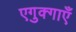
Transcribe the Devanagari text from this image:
एगुक्गाएँ